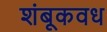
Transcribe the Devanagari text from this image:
शंबूकवध